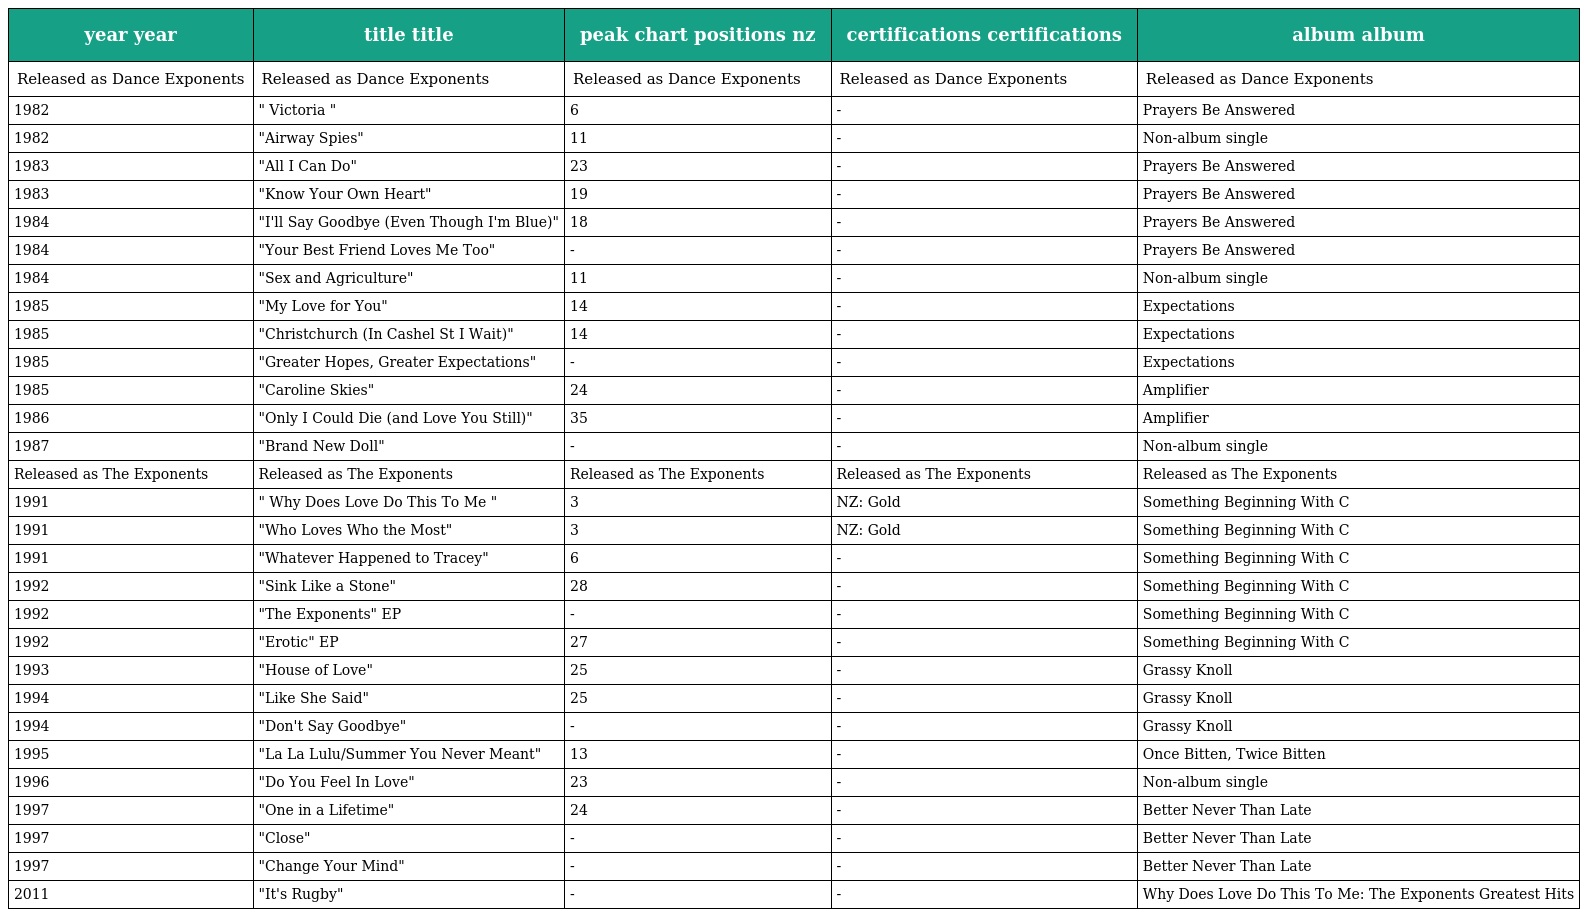
| year year | title title | peak chart positions nz | certifications certifications | album album |
 | --- | --- | --- | --- | --- |
 | Released as Dance Exponents | Released as Dance Exponents | Released as Dance Exponents | Released as Dance Exponents | Released as Dance Exponents |
 | 1982 | " Victoria " | 6 | - | Prayers Be Answered |
 | 1982 | "Airway Spies" | 11 | - | Non-album single |
 | 1983 | "All I Can Do" | 23 | - | Prayers Be Answered |
 | 1983 | "Know Your Own Heart" | 19 | - | Prayers Be Answered |
 | 1984 | "I'll Say Goodbye (Even Though I'm Blue)" | 18 | - | Prayers Be Answered |
 | 1984 | "Your Best Friend Loves Me Too" | - | - | Prayers Be Answered |
 | 1984 | "Sex and Agriculture" | 11 | - | Non-album single |
 | 1985 | "My Love for You" | 14 | - | Expectations |
 | 1985 | "Christchurch (In Cashel St I Wait)" | 14 | - | Expectations |
 | 1985 | "Greater Hopes, Greater Expectations" | - | - | Expectations |
 | 1985 | "Caroline Skies" | 24 | - | Amplifier |
 | 1986 | "Only I Could Die (and Love You Still)" | 35 | - | Amplifier |
 | 1987 | "Brand New Doll" | - | - | Non-album single |
 | Released as The Exponents | Released as The Exponents | Released as The Exponents | Released as The Exponents | Released as The Exponents |
 | 1991 | " Why Does Love Do This To Me " | 3 | NZ: Gold | Something Beginning With C |
 | 1991 | "Who Loves Who the Most" | 3 | NZ: Gold | Something Beginning With C |
 | 1991 | "Whatever Happened to Tracey" | 6 | - | Something Beginning With C |
 | 1992 | "Sink Like a Stone" | 28 | - | Something Beginning With C |
 | 1992 | "The Exponents" EP | - | - | Something Beginning With C |
 | 1992 | "Erotic" EP | 27 | - | Something Beginning With C |
 | 1993 | "House of Love" | 25 | - | Grassy Knoll |
 | 1994 | "Like She Said" | 25 | - | Grassy Knoll |
 | 1994 | "Don't Say Goodbye" | - | - | Grassy Knoll |
 | 1995 | "La La Lulu/Summer You Never Meant" | 13 | - | Once Bitten, Twice Bitten |
 | 1996 | "Do You Feel In Love" | 23 | - | Non-album single |
 | 1997 | "One in a Lifetime" | 24 | - | Better Never Than Late |
 | 1997 | "Close" | - | - | Better Never Than Late |
 | 1997 | "Change Your Mind" | - | - | Better Never Than Late |
 | 2011 | "It's Rugby" | - | - | Why Does Love Do This To Me: The Exponents Greatest Hits |